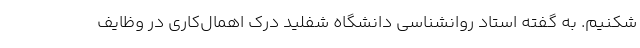
شکنیم. به گفته استاد روانشناسی دانشگاه شفلید درک اهمال‌کاری در وظایف